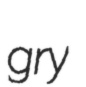
gry